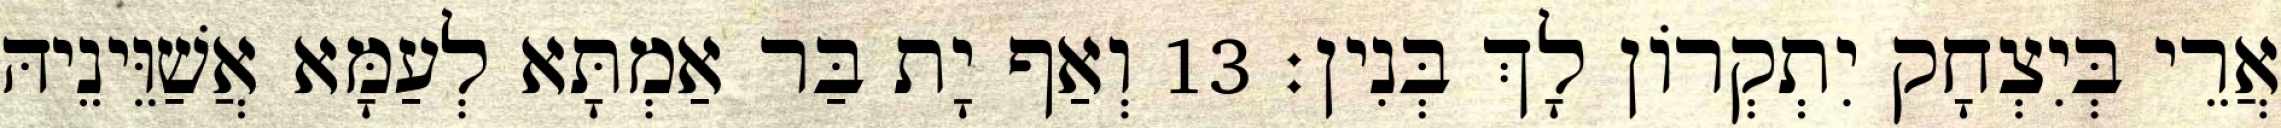
אֲרֵי בְּיִצְחָק יִתְקְרוֹן לָךְ בְּנִין׃ 13 וְאַף יָת בַּר אַמְתָּא לְעַמָּא אֲשַׁוֵּינֵיהּ